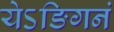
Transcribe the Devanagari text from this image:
येऽङिगनं